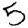
Digit: 5